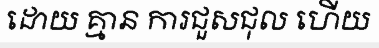
ដោយ គ្មាន ការជួសជុល ហើយ